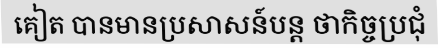
គៀត បានមានប្រសាសន៍បន្ត ថាកិច្ចប្រជុំ